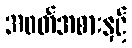
အဝတ်အစားနှင့်